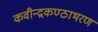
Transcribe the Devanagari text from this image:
कवीन्द्रकण्ठाभरण